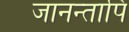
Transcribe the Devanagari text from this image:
जानन्तापि